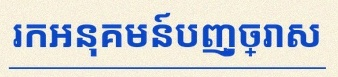
រកអនុគមន៍បញ្ច្រាស